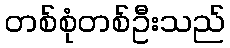
တစ်စုံတစ်ဦးသည်